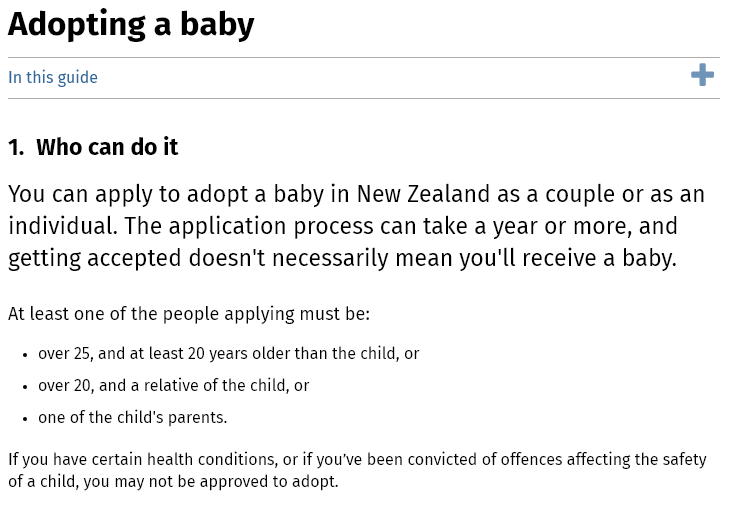
Adopting    a  baby
  In this guide
  1. Who   can do it
  You  can  apply   to adopt   a  baby   in New   Zealand    as a couple    or as  an
  individual.   The  application    process   can   take  a year  or  more,   and
  getting  accepted    doesn't    necessarily   mean    you'll  receive  a  baby.
  At least one of the people applying must be:
   + over 25, and at least 20 years older than the child, or
   + over 20, and a relative of the child, or
   + one of the child's parents.
  If you have certain health conditions, or if you've been convicted of offences affecting the safety
  of a child, you may not be approved to adopt.